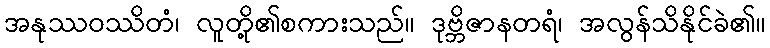
အနုဿဝဿိတံ၊ လူတို့၏စကားသည်။ ဒုဗ္ဘိဇာနတရံ၊ အလွန်သိနိုင်ခဲ၏။